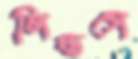
লিন্ডসে